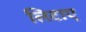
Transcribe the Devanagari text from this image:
लिटाए